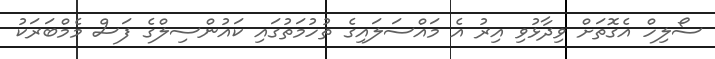
ސޯލިހް އެގޮތަށް ވިދާޅުވި އިރު އެ މައްސަލައިގެ ތުހުމަތުގައި ކައުންސިލްގެ ފަސް މެމްބަރަކު